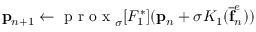
\mathbf { p } _ { n + 1 } \leftarrow \textrm { p r o x } _ { \sigma } [ F _ { 1 } ^ { * } ] ( \mathbf { p } _ { n } + \sigma K _ { 1 } ( \mathbf { \overline { { f } } } _ { n } ^ { e } ) )